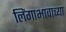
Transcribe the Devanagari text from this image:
लिंगाभावाच्या